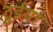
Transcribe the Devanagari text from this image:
ठुईया